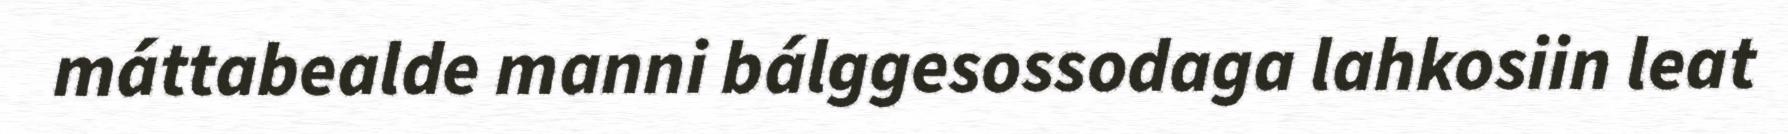
máttabealde manni bálggesossodaga lahkosiin leat